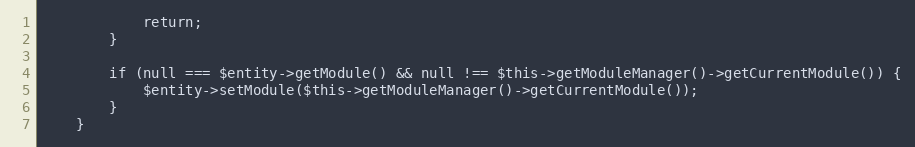
Language: PHP
            return;
        }

        if (null === $entity->getModule() && null !== $this->getModuleManager()->getCurrentModule()) {
            $entity->setModule($this->getModuleManager()->getCurrentModule());
        }
    }